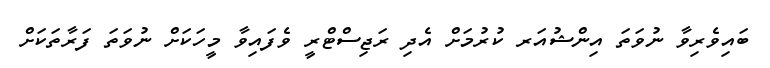
ބައިވެރިވާ ނުވަތަ އިންޝުއަރ ކުރުމަށް އެދި ރަޖިސްޓްރީ ވެފައިވާ މީހަކަށް ނުވަތަ ފަރާތަކަށް